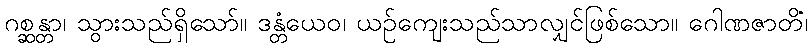
ဂစ္ဆန္တာ၊ သွားသည်ရှိသော်။ ဒန္တံယေဝ၊ ယဉ်ကျေးသည်သာလျှင်ဖြစ်သော။ ဂေါဏဇာတိံ၊